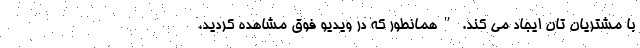
با مشتریان تان ایجاد می کند. "همانطور که در ویدیو فوق مشاهده کردید،